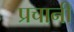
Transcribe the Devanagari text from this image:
प्रचानी